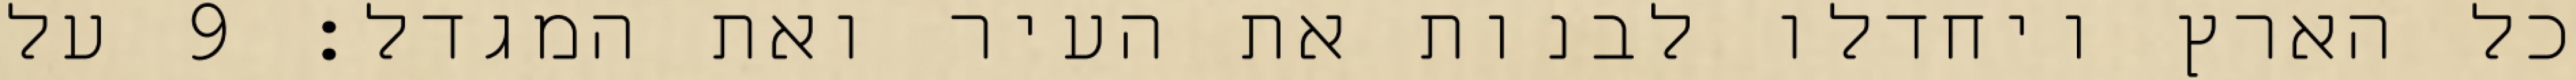
כל הארץ ויחדלו לבנות את העיר ואת המגדל׃ ‎9‏ על